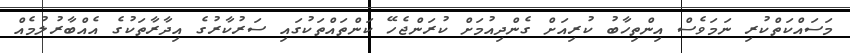
މަސައްކަތްކުރި ނަމަވެސް އިންތިހާބު ކުރިއަށް ގެންދިއުމަށް ކުރަންޖެހޭ ކަންތައްތަކުގައި ސަރުކާރުގެ އިދާރާތަކުގެ އެއްބާރުލުމެއް